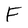
Character: F